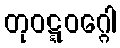
တုဝဋ္ဋဝဂ္ဂေါ